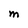
Character: M